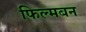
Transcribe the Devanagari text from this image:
फिल्मबन